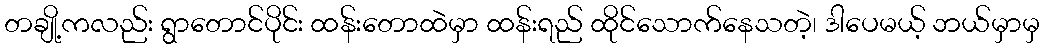
တချို့ကလည်း ရွာတောင်ပိုင်း ထန်းတောထဲမှာ ထန်းရည် ထိုင်သောက်နေသတဲ့၊ ဒါပေမယ့် ဘယ်မှာမှ